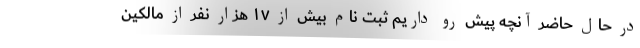
در حال حاضر آنچه پیش رو داریم ثبت نام بیش از ۱۷ هزار نفر از مالکین